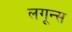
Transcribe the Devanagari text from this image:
लगून्स